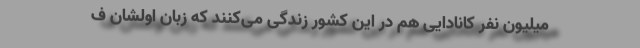
میلیون نفر کانادایی هم در این کشور زندگی می‌کنند که زبان اولشان ف